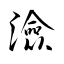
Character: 澰